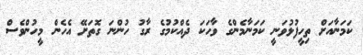
ކަމަނާއަށް ތިހީފުޅުވަނީ ކަމަނާމެންގެ ވާހަކަ ދެއްކުމުގެ ރާގު ހުންނަ ގޮތަށޭ އެހެން މީހުންވެސް